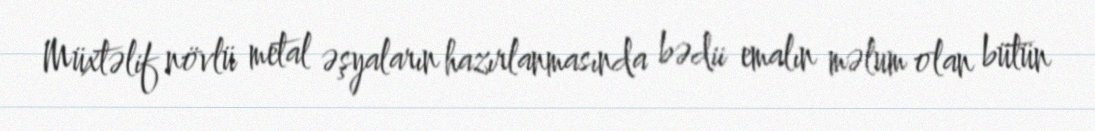
Müxtəlif növlü metal əşyaların hazırlanmasında bədii emalın məlum olan bütün